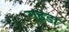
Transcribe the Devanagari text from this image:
गढ्‌डा